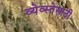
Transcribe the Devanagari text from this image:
व्येव्स्तेसाठी